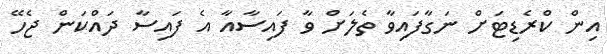
އިން ކްރެޑިޓަށް ނަގާފައިވާ ތެލަށް ވާ ފައިސާއާ އެ ފައިސާ ދައްކަން ޖެހޭ